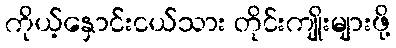
ကိုယ့်နှောင်းငယ်သား တိုင်းကျိုးများဖို့